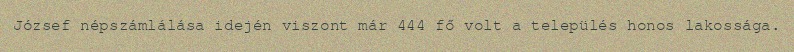
József népszámlálása idején viszont már 444 fő volt a település honos lakossága.